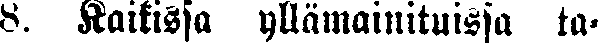
8. Kaikissa yllämainituissa ta-